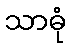
သာဓုံ